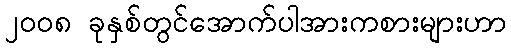
၂၀၀၈ ခုနှစ်တွင်အောက်ပါအားကစားများဟာ